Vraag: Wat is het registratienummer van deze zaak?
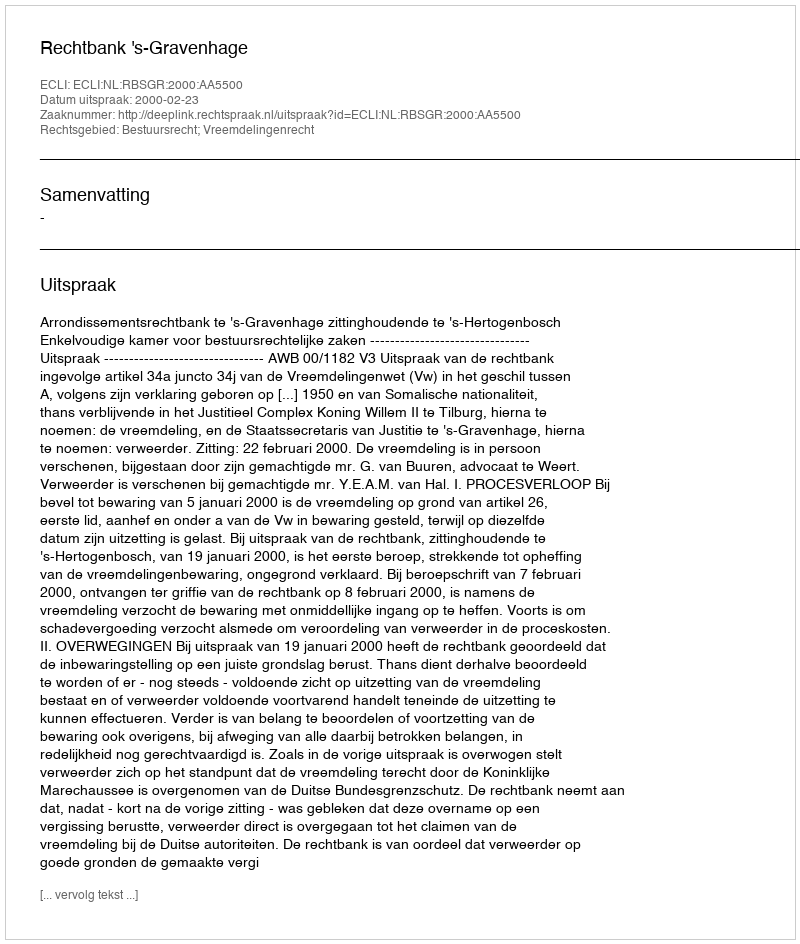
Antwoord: http://deeplink.rechtspraak.nl/uitspraak?id=ECLI:NL:RBSGR:2000:AA5500